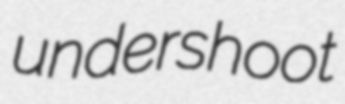
undershoot